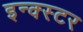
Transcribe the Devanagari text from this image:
इन्क्स्टर